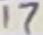
Text: 17